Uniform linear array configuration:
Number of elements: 16
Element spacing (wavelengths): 0.5
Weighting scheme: uniform
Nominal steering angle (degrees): -15
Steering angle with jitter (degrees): -13.77
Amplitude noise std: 0.05
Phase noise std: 0.05

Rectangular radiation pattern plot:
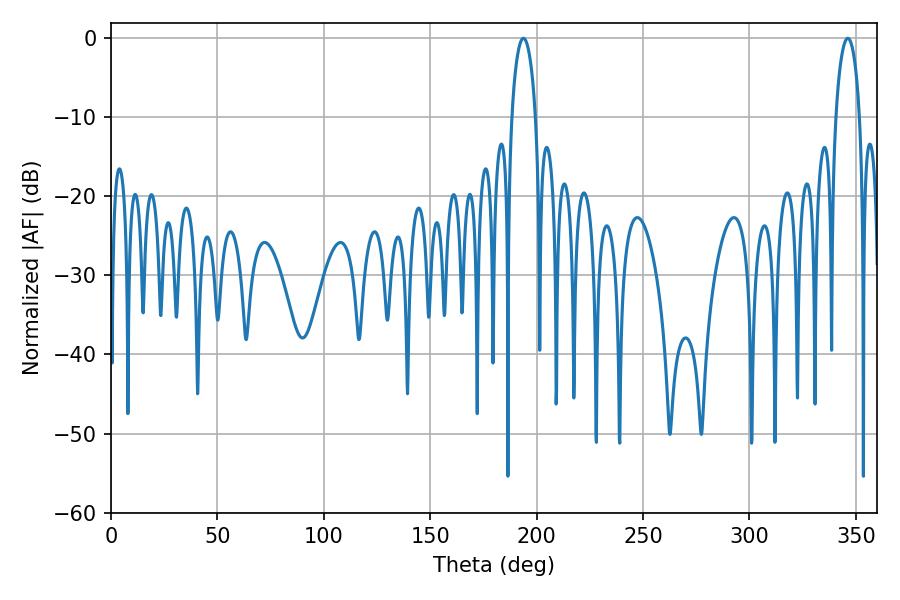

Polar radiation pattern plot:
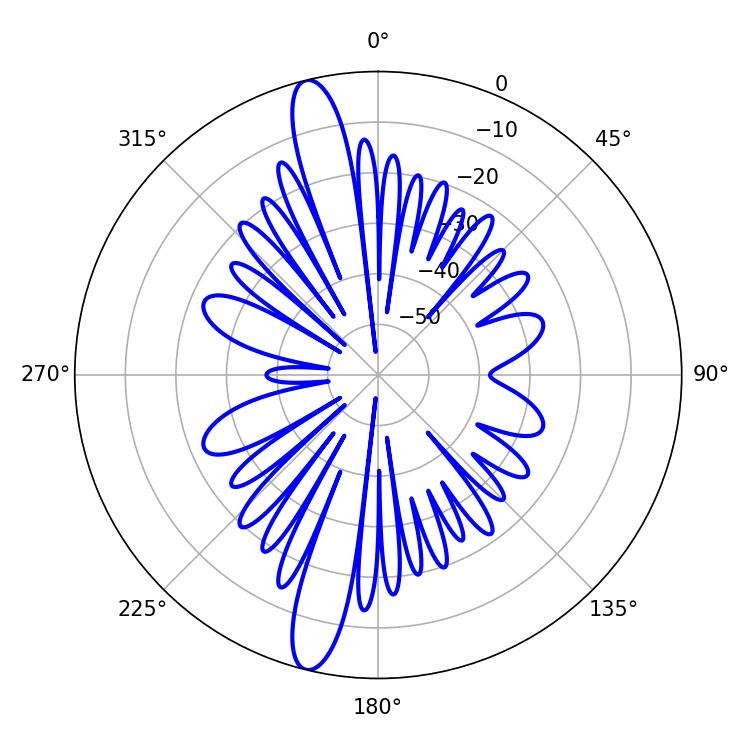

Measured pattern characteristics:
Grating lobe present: FALSE
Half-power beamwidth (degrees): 6.48
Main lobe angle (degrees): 193.86